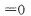
=0